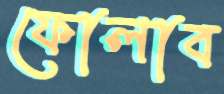
ফোলাব